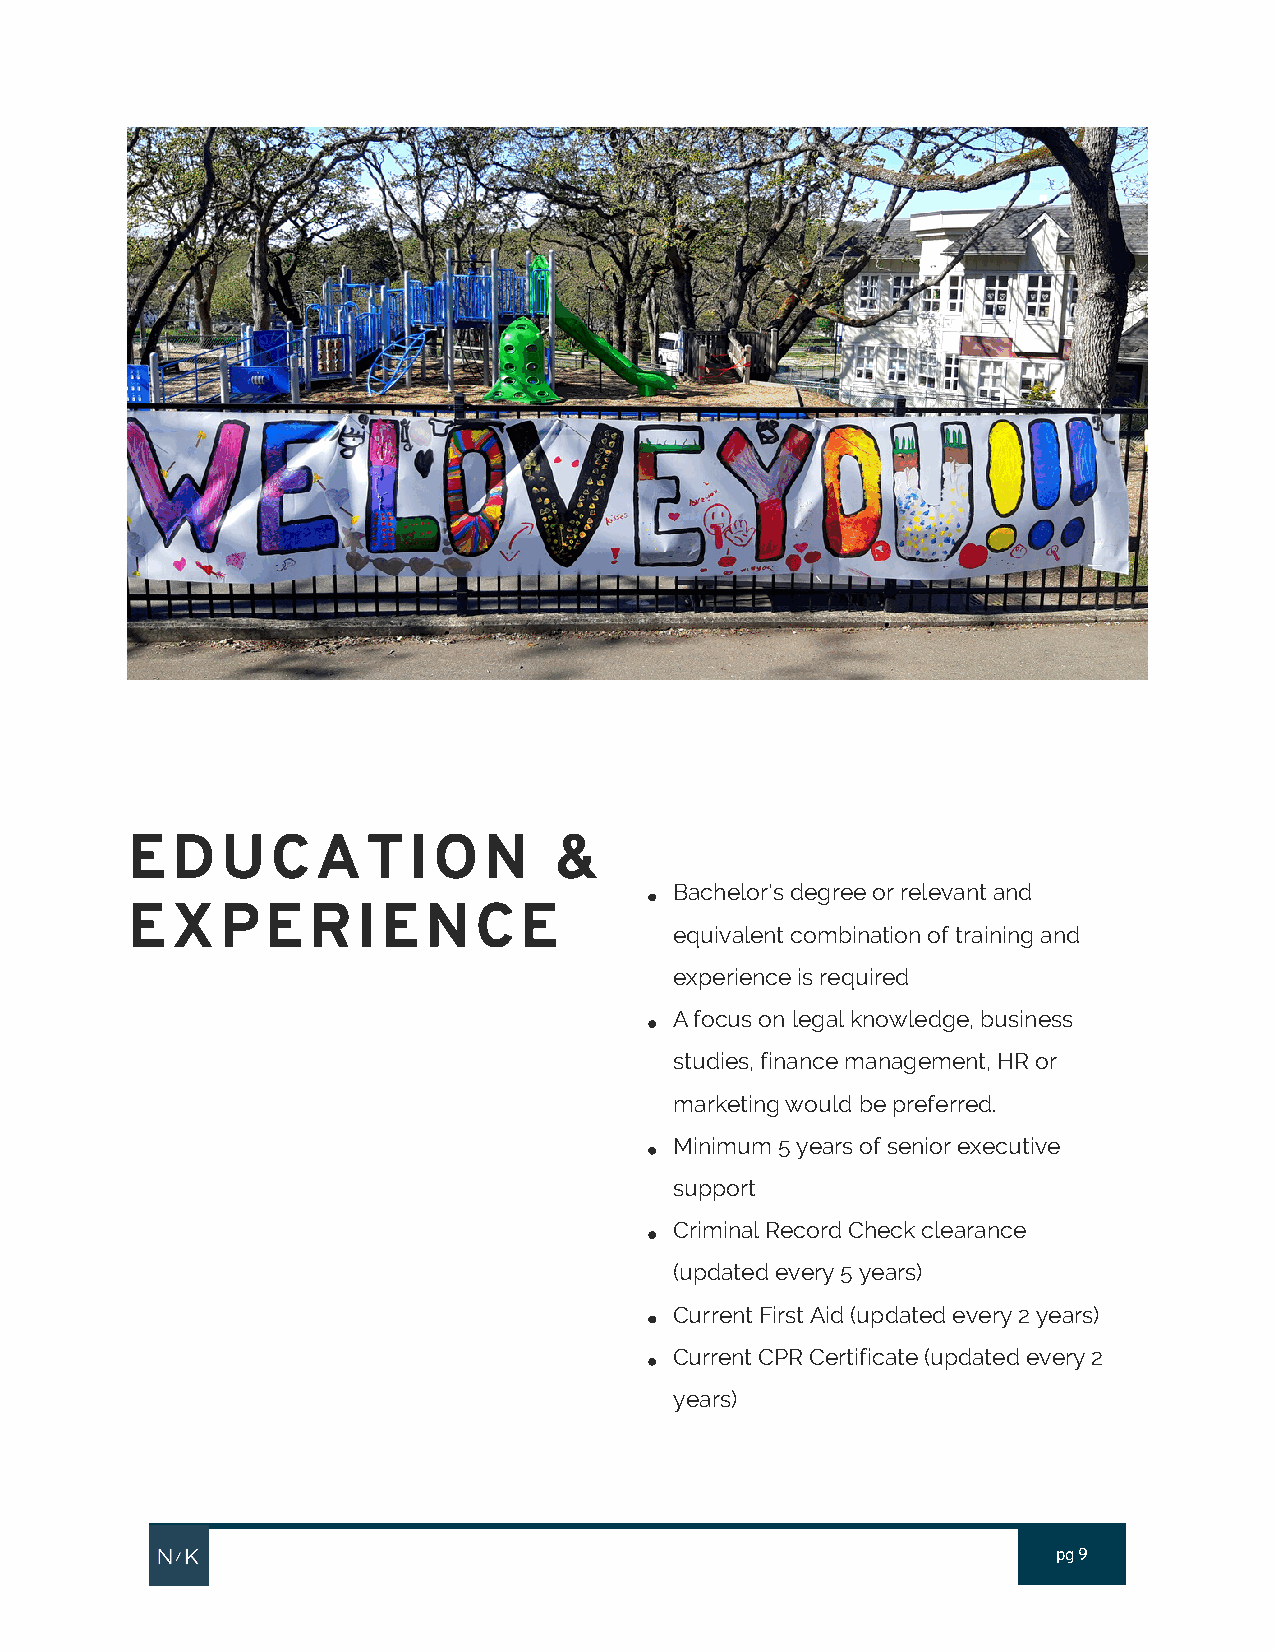
EDUCATION                    &
 Bachelor's degree or relevant and
 EXPERIENCE
 equivalent combination of training and
 experience is required
 A focus on legal knowledge, business
 studies, finance management, HR or
 marketing would be preferred.
 Minimum 5 years of senior executive
 support
 Criminal Record Check clearance
 (updated every 5 years)
 Current First Aid (updated every 2 years)
 Current CPR Certificate (updated every 2
 years)
 pg 9